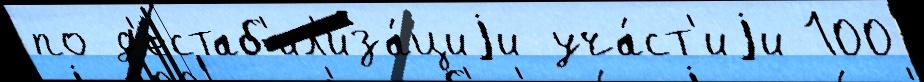
по д'естаб'ил'иза́циjи уча́ст'иjи 100